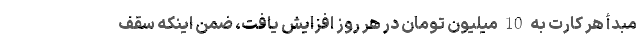
مبدأ هر کارت به 10 میلیون تومان در هر روز افزایش یافت، ضمن اینکه سقف